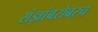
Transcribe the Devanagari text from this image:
संज्ञांबरोबरच